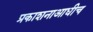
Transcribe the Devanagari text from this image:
प्रकाशनाआधीच